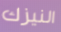
النيزك